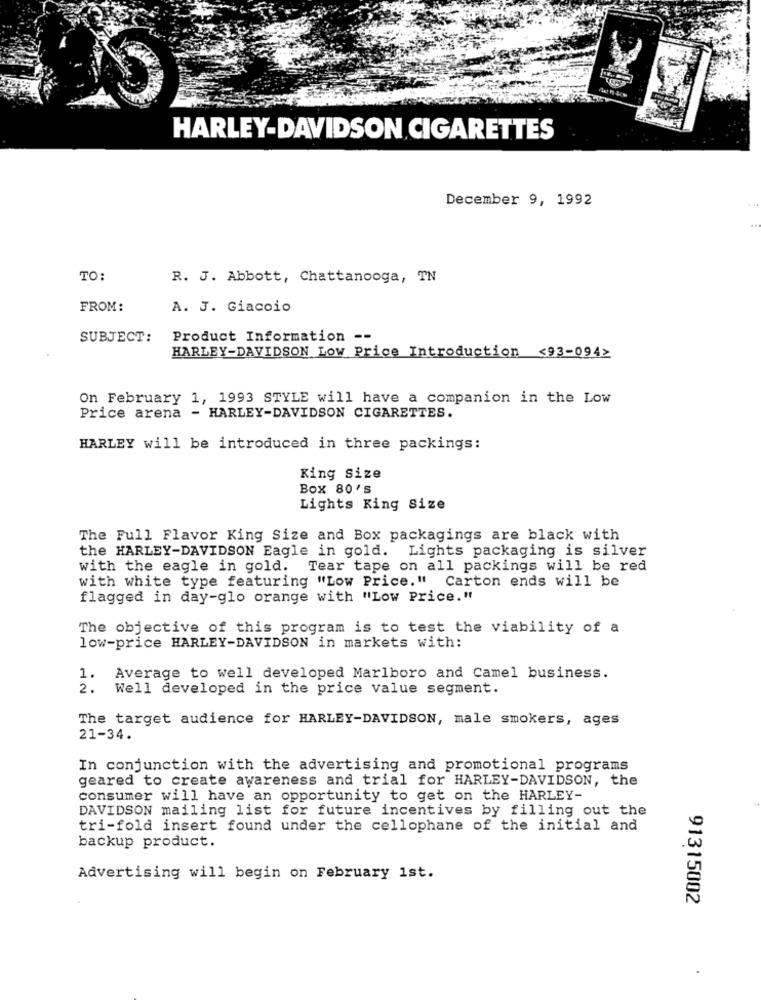
HARLEY-DAVIDSON CIGARETTES
December 9, 1992
TO:
R. J. Abbott, Chattanooga, TN
FROM:
A. J. Giacoio
SUBJECT:
Product Information --
HARLEY-DAVIDSON Low Price Introduction <93-094>
On February 1, 1993 STYLE will have a companion in the Low
Price arena - HARLEY-DAVIDSON CIGARETTES.
HARLEY will be introduced in three packings:
King Size
Box 80'S
Lights King Size
The Full Flavor King Size and Box packagings are black with
the HARLEY-DAVIDSON Eagle in gold. Lights packaging is silver
with the eagle in gold.
Tear tape on all packings will be red
with white type featuring "Low Price." Carton ends will be
flagged in day-glo orange with "Low Price."
The objective of this program is to test the viability of a
low-price HARLEY-DAVIDSON in markets with:
1.
Average to well developed Marlboro and Camel business.
2.
Well developed in the price value segment.
The target audience for HARLEY-DAVIDSON, male smokers, ages
21-34.
In conjunction with the advertising and promotional programs
geared to create awareness and trial for HARLEY-DAVIDSON, the
consumer will have an opportunity to get on the HARLEY-
DAVIDSON mailing list for future incentives by filling out the
tri-fold insert found under the cellophane of the initial and
backup product.
Advertising will begin on February ist.
91315002